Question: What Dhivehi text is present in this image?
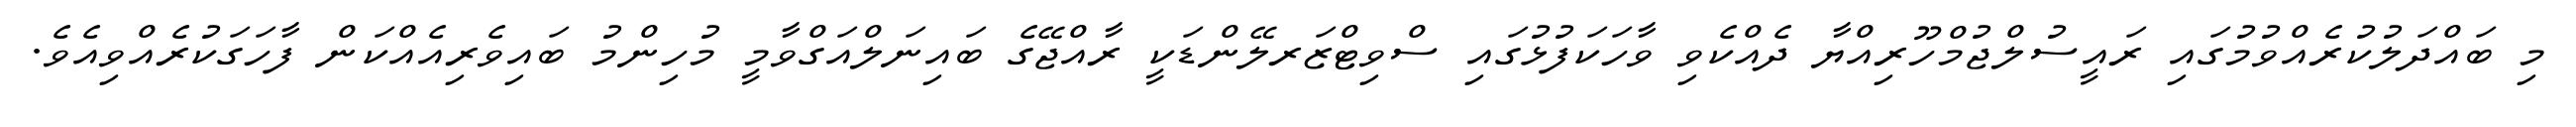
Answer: މި ބައްދަލުކުރެއްވުމުގައި ރައީސުލްޖުމްހޫރިއްޔާ ދެއްކެވި ވާހަކަފުޅުގައި ސްވިޓްޒަރލޭންޑަކީ ރާއްޖޭގެ ބައިނަލްއަގްވާމީ މުހިންމު ބައިވެރިއެއްކަން ފާހަގަކުރެއްވިއެވެ.